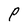
Character: P